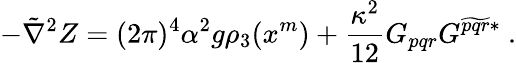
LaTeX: -\tilde{\nabla}^{2}Z=(2\pi)^{4}\alpha^{2}g\rho_{3}(x^{m})+\frac{\kappa^{2}}{12}G_{pqr}G^{\widetilde{pqr}*}\ .